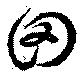
田